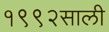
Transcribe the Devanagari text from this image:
१९९२साली